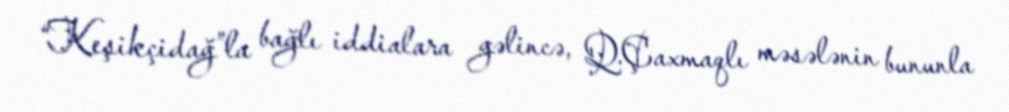
“Keşikçidağ”la bağlı iddialara gəlincə, Q.Çaxmaqlı məsələnin bununla